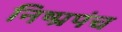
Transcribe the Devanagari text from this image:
निष्प्रपंच